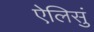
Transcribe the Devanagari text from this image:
ऐलिसुं